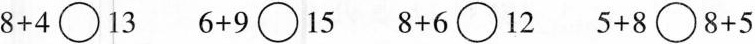
8+4\bigcirc13 6+9\bigcirc15 8+6\bigcirc12 5+8\bigcirc8+5